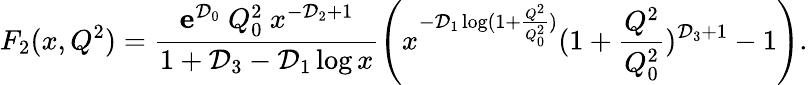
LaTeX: F_{2}(x,Q^{2})=\frac{{\mathbf e}^{{\cal D}_{0}}~Q_{0}^{2}~x^{-{\cal D}_{2}+1}}{1+{\cal D}_{3}-{\cal D}_{1}\log{x}}\left(x^{-{\cal D}_{1}\log(1+\frac{Q^{2}}{Q_{0}^{2}})}(1+\frac{Q^{2}}{Q_{0}^{2}})^{{\cal D}_{3}+1}-1\right).